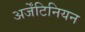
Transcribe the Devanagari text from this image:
अर्जेंटिनियन